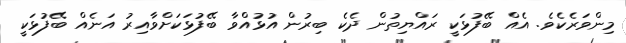
މިންވަރެކެވެެ. އެއް ބޭފުޅަކީ ރައްޔިތުން ދެކެ ބިރުން އުޅުއްވާ ބޭފުޅަކަށްވާއިރު އަނެއް ބޭފުޅަކީ